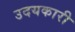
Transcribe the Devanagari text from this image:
उदयकारी